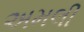
અમલી